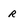
Character: R